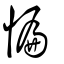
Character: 惼